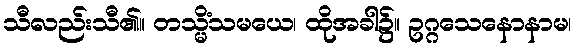
သီလည်းသီ၏။ တသ္မိံသမယေ၊ ထိုအခါ၌။ ဥဂ္ဂသေနောနာမ၊